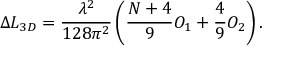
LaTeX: \Delta { \cal L } _ { 3 D } = { \frac { \lambda ^ { 2 } } { 1 2 8 \pi ^ { 2 } } } \left( { \frac { N + 4 } { 9 } } O _ { 1 } + { \frac { 4 } { 9 } } O _ { 2 } \right) .